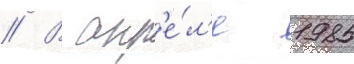
// В апр'е́л'е 1985